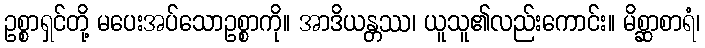
ဥစ္စာရှင်တို့ မပေးအပ်သောဥစ္စာကို။ အာဒိယန္တဿ၊ ယူသူ၏လည်းကောင်း။ မိစ္ဆာစာရံ၊